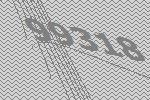
99318